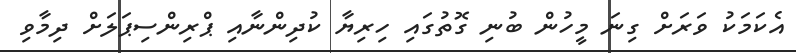
އެކަމަކު ވަރަށް ގިނަ މީހުން ބުނި ގޮތުގައި ހިރިޔާ ކުދިންނާއި ޕްރިންސިޕަލަށް ދިމާވި